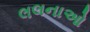
લલનાઓ